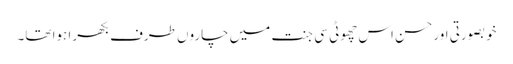
خوبصورتی اورحسن اس چھوٹی سی جنت میں چاروں طرف بکھرا ہوا تھا۔